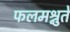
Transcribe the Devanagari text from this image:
फलमश्नुते